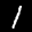
Label: 1